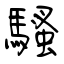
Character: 騷